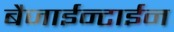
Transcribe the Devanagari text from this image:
बैजाईन्टाईन